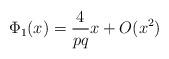
LaTeX: \begin{align*}\Phi_{1}(x) = \frac{4}{pq}x+O(x^{2})\end{align*}